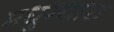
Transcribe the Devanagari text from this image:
मधुरधारा